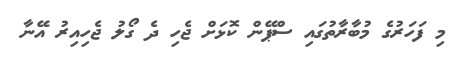
މި ފަހަރުގެ މުބާރާތުގައި ސްޕޭން ކޮޅަށް ޖެހި ދެ ގޯލު ޖެހިއިރު އޭނާ